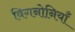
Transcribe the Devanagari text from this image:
विगनोनियाँ